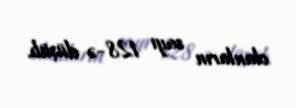
olanların sayı 128-ə düşüb.